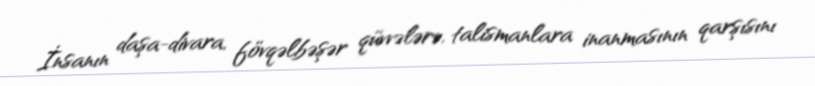
İnsanın daşa-divara, fövqəlbəşər qüvvələrə, talismanlara inanmasının qarşısını